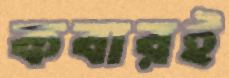
কবারই